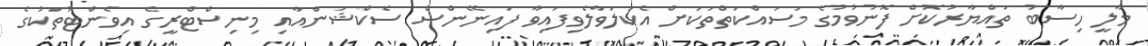
މާލީ ހިސާބު ތައްޔާރުކޮށް ފޮނުވުމުގެ މަސައްކަތްތަކަށް އެކުލަވާލެވިފައިވާ ފައިނޭންސް ސެކްޝަންއާއި މިނިސްޓްރީގެ އިވެންޓުތަކުގެ